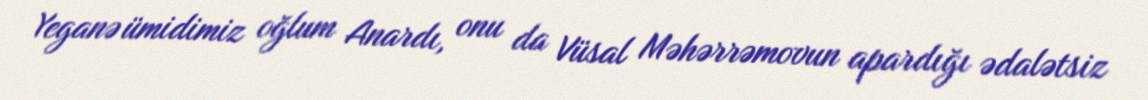
Yeganə ümidimiz oğlum Anardı, onu da Vüsal Məhərrəmovun apardığı ədalətsiz